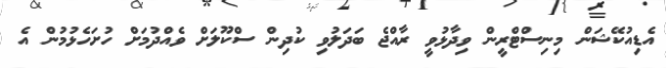
އެޑިއުކޭޝަން މިނިސްޓްރީން ވިދާޅުވީ ރާއްޖެ ބަދަލުވި ކުދިން ސްކޫލަށް ވެއްދުމަށް ހުށަހެޅުމުން އެ